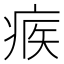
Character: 𤶥